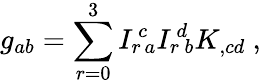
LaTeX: g_{ab}=\sum_{r=0}^{3}I_{r}{\! }^{c}{\! }_{a}I_{r}{\! }^{d}{\! }_{b}K_{,cd}\ ,